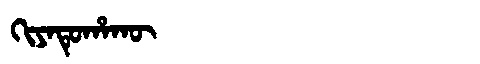
Manchu: ᡴᡳᠶᠠᡨᡠᡥᠠᡴᡡ
Romanization: KIYATUHAKŪ